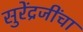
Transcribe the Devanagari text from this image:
सुरेंद्रजींचा